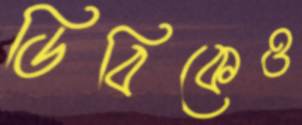
ডিবিকেও